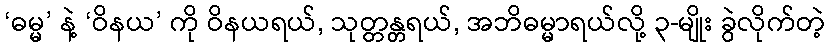
‘ဓမ္မ’ နဲ့ ‘ဝိနယ’ ကို ဝိနယရယ်, သုတ္တန္တရယ်, အဘိဓမ္မာရယ်လို့ ၃-မျိုး ခွဲလိုက်တဲ့